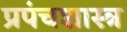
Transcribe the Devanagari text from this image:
प्रपंचशास्त्र